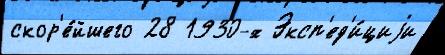
скор'е́йшего 28 1930-х Эксп'ед'и́циjи